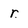
Character: r